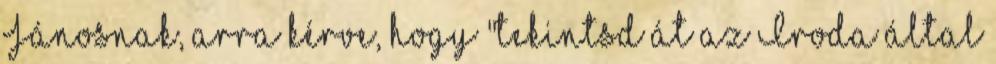
Jánosnak, arra kérve, hogy "tekintsd át az Iroda által